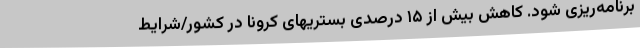
برنامه‌ریزی شود. کاهش بیش از ۱۵ درصدی بستریهای کرونا در کشور/شرایط